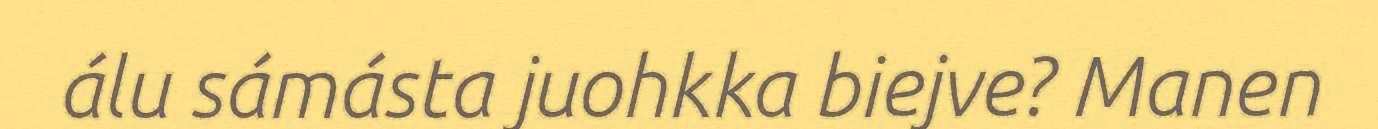
álu sámásta juohkka biejve? Manen